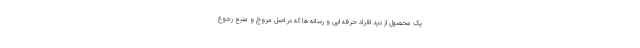
یک محصول از دید افراد حرفه ایی و رسانه ها که در اصل مروج و منبع رجوع